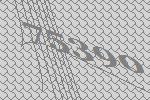
75390